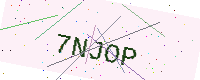
Text: 7NJOP